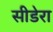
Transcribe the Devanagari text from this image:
सीडेरा